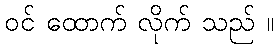
ဝင် ထောက် လိုက် သည် ။